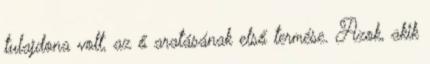
tulajdona volt, az ő aratásának első termése. Azok, akik